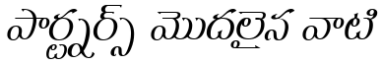
పార్ట్నర్స్ మొదలైన వాటి